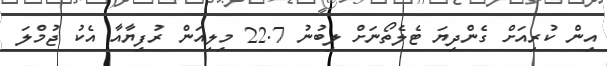
އިން ކުރިއަށް ގެންދިޔަ ޓެލެތޯނަށް ލިބުނު 22.7 މިލިއަން ރުފިޔާއާ އެކު ޖުމްލަ